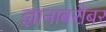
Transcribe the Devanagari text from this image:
ज्ञानाबरोबर